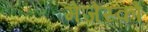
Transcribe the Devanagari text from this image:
मेजेस्‍को